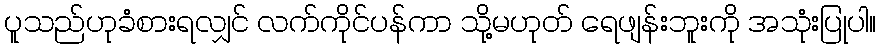
ပူသည်ဟုခံစားရလျှင် လက်ကိုင်ပန်ကာ သို့မဟုတ် ရေဖျန်းဘူးကို အသုံးပြုပါ။